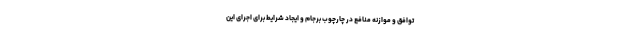
توافق و موازنه منافع در چارچوب برجام و ایجاد شرایط برای اجرای این